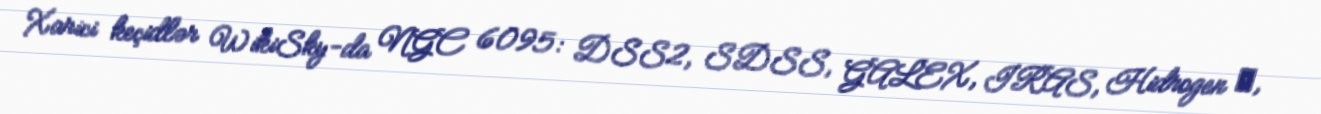
Xarici keçidlər WikiSky-da NGC 6095: DSS2, SDSS, GALEX, IRAS, Hidrogen α,